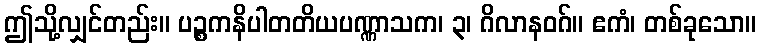
ဤသို့လျှင်တည်း။ ပဉ္စကနိပါတတိယပဏ္ဏာသက၊ ၃၊ ဂိလာနဝဂ်။ ဧကံ၊ တစ်ခုသော။